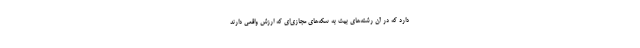
دارد که در آن رشته‌های بیت به سکه‌های مجازی‌ای که ارزش واقعی دارند